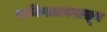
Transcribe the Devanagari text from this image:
पाकिस्तानपासून